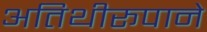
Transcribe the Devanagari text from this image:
अतिथीरूपाने